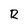
Character: R